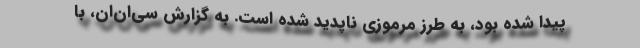
پیدا شده بود، به طرز مرموزی ناپدید شده است. به گزارش سی‌ان‌ان، با